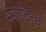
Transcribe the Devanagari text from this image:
भगादित्य